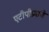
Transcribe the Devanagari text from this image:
एटीपीप्रमाणे